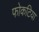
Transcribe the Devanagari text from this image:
फोकटिया